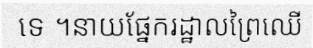
ទេ ។នាយផ្នែករដ្ឋាលព្រៃឈើ